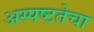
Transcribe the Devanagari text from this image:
अस्पष्टतेचा